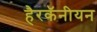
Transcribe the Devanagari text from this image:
हैरकॅनीयन